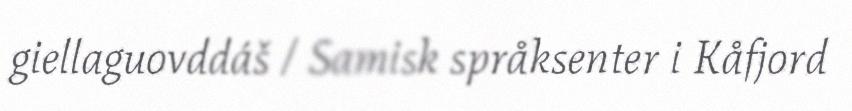
giellaguovddáš / Samisk språksenter i Kåfjord